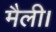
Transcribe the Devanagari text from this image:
मैली।